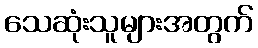
သေဆုံးသူများအတွက်